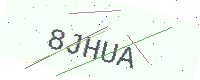
Text: 8JHUA